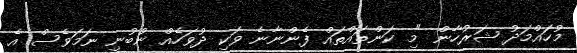
މުހައްމަދު ޝަރުހާން "މި ކަންތައްތައް ފެންނާނެ ވަކި ދުވަހެއް ނުބުނި ނަމަވެސް އެ